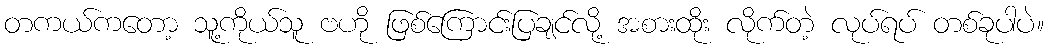
တကယ်ကတော့ သူ့ကိုယ်သူ ဗဟို ဖြစ်ကြောင်းပြချင်လို့ အစားထိုး လိုက်တဲ့ လုပ်ရပ် တစ်ခုပါပဲ။